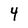
Character: 4